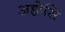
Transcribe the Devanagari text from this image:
अहोसिं